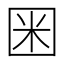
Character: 𡇒